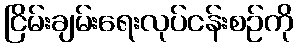
ငြိမ်းချမ်းရေးလုပ်ငန်းစဉ်ကို